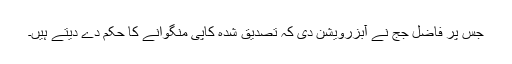
جس پر فاضل جج نے آبزرویشن دی کہ تصدیق شدہ کاپی منگوانے کا حکم دے دیتے ہیں۔